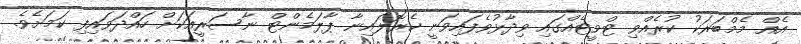
އެއް މެމްބަރަކު ކުރެއްވި ޓްވީޓެއްގައި ވިދާޅުވެފައިވަނީ ކެރޮލައިނާ ޕާލަމެންޓް ނާސަރީއަކަށް ހައްދަވައިފި ކަމަށެވެ.